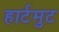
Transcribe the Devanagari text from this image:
हार्टमुट